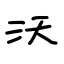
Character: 沃